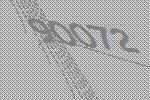
90072